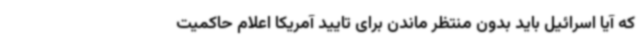
که آیا اسرائیل باید بدون منتظر ماندن برای تایید آمریکا اعلام حاکمیت